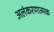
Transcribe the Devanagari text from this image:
अलंकरणात्मक